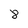
Character: 8